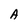
Character: A